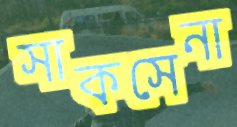
সাকসেনা